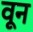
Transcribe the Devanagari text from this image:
वून